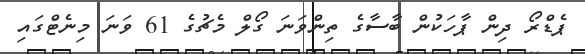
ޕެޑްރޯ ދިން ޕާހަކުން ބާސާގެ ތިންވަނަ ގޯލް މެޗުގެ 61 ވަނަ މިނެޓްގައި